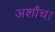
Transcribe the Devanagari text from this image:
अशौच।